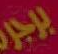
برجر